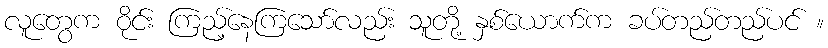
လူတွေက ဝိုင်း ကြည့်နေကြသော်လည်း သူတို့ နှစ်ယောက်က ခပ်တည်တည်ပင် ။